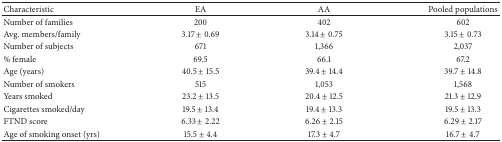
<table><thead><tr><td><b>Characteristic</b></td><td><b>EA</b></td><td><b>AA</b></td><td><b>Pooled populations</b></td></tr></thead><tbody><tr><td>Number of families</td><td>200</td><td>402</td><td>602</td></tr><tr><td>Avg. members/family</td><td>3.17 ± 0.69</td><td>3.14 ± 0.75</td><td>3.15 ± 0.73</td></tr><tr><td>Number of subjects</td><td>671</td><td>1,366</td><td>2,037</td></tr><tr><td>% female</td><td>69.5</td><td>66.1</td><td>67.2</td></tr><tr><td>Age (years)</td><td>40.5 ± 15.5</td><td>39.4 ± 14.4</td><td>39.7 ± 14.8</td></tr><tr><td>Number of smokers</td><td>515</td><td>1,053</td><td>1,568</td></tr><tr><td>Years smoked</td><td>23.2 ± 13.5</td><td>20.4 ± 12.5</td><td>21.3 ± 12.9</td></tr><tr><td>Cigarettes smoked/day</td><td>19.5 ± 13.4</td><td>19.4 ± 13.3</td><td>19.5 ± 13.3</td></tr><tr><td>FTND score</td><td>6.33 ± 2.22</td><td>6.26 ± 2.15</td><td>6.29 ± 2.17</td></tr><tr><td>Age of smoking onset (yrs)</td><td>15.5 ± 4.4</td><td>17.3 ± 4.7</td><td>16.7 ± 4.7</td></tr></tbody></table>